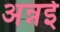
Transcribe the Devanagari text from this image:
अन्नई